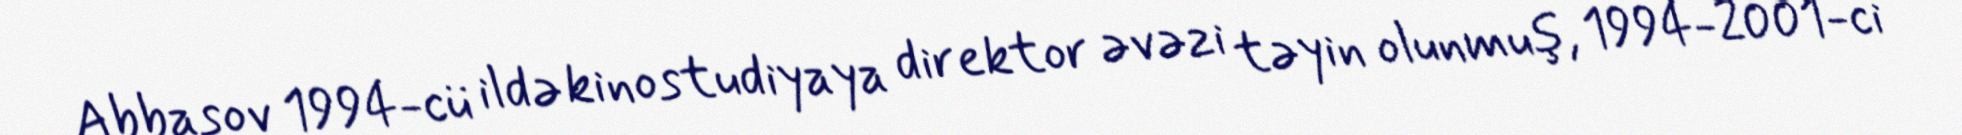
Abbasov 1994-cü ildə kinostudiyaya direktor əvəzi təyin olunmuş, 1994-2001-ci